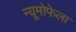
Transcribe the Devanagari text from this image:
न्यूमोफेला